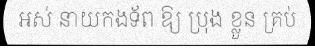
អស់ នាយកងទ័ព ឱ្យ ប្រុង ខ្លួន គ្រប់